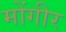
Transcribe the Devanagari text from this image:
मोंगीर